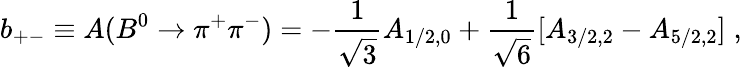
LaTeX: b_{+-}\equiv A(B^{0}\to\pi^{+}\pi^{-})=-\frac{1}{\sqrt{3}}A_{1/2,0}+\frac{1}{\sqrt{6}}[A_{3/2,2}-A_{5/2,2}]\; ,